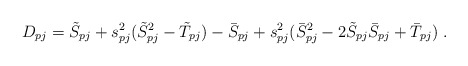
\begin{align*} D_{pj}=\tilde S_{pj}+s_{pj}^2(\tilde S_{pj}^2-\tilde T_{pj} )-\bar S_{pj}+s_{pj}^2(\bar S_{pj}^2-2\tilde S_{pj} \bar S_{pj}+\bar T_{pj}) \ .\end{align*}